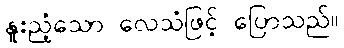
နူးညံ့သော လေသံဖြင့် ပြောသည်။